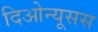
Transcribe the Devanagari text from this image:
दिओन्यूसस